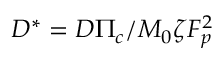
D ^ { * } = D \Pi _ { c } / M _ { 0 } \zeta F _ { p } ^ { 2 }